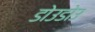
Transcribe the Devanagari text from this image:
डोउडोउ